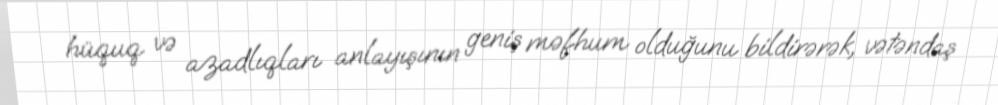
hüquq və azadlıqları anlayışının geniş məfhum olduğunu bildirərək, vətəndaş